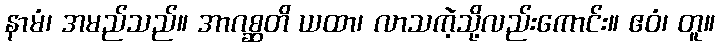
နာမံ၊ အမည်သည်။ အာဂစ္ဆတိ ယထာ၊ လာသကဲ့သို့လည်းကောင်း။ ဧဝံ၊ တူ။